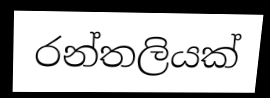
රන්තලියක්